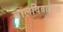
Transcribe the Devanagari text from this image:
बालविवाहाची